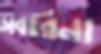
সবারিনা